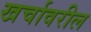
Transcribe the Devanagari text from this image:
खर्चावरील